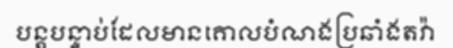
បន្តបន្ទាប់ដែលមានគោលបំណងប្រឆាំងតវ៉ា